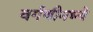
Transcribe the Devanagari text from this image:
वर्गणीमध्ये